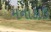
મનાકાઉ